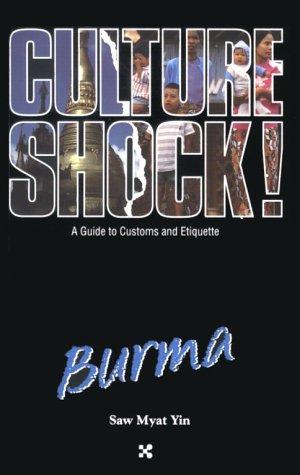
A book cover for Culture Shock! Burma (Cultureshock Myanmar: A Survival Guide to Customs & Etiquette); Saw Myat Yin; Travel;